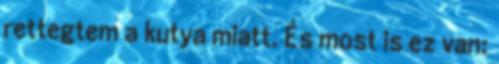
rettegtem a kutya miatt. És most is ez van: